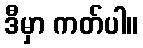
ဒီမှာ ကတ်ပါ။